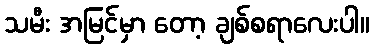
သမီး အမြင်မှာ တော့ ချစ်စရာလေးပါ။